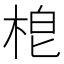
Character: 梎